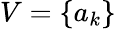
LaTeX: V=\{ a_{k}\}